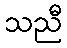
သညီ